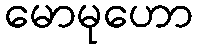
မောမုဟော